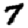
Digit: 7